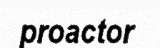
proactor